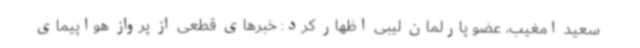
سعید امغیب، عضو پارلمان لیبی اظهار کرد: خبرهای قطعی از پرواز هواپیمای